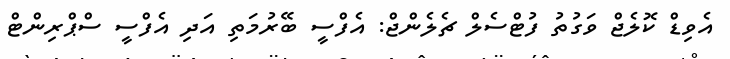
އެވިޑް ކޮލެޖް ވަގުތު ފުޓްސެލް ޗެލެންޖް: އެފްސީ ބޭރުމަތި އަދި އެފްސީ ސްޕްރިންޓް